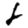
Digit: 6